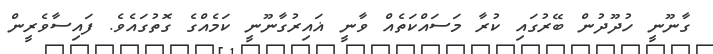
ގާނޫނީ ހުދޫދުން ބޭރުގައި ކުރާ މަސައްކަތެއް ވާނީ ޣައިރުގާނޫނީ ކަމެއްގެ ގޮތުގައެވެ. ފައިސާވެރީން